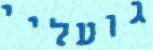
גועליי